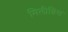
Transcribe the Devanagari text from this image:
मिलीग्रिस